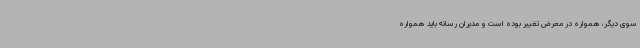
سوی دیگر، همواره در معرض تغییر بوده است و مدیران رسانه باید همواره